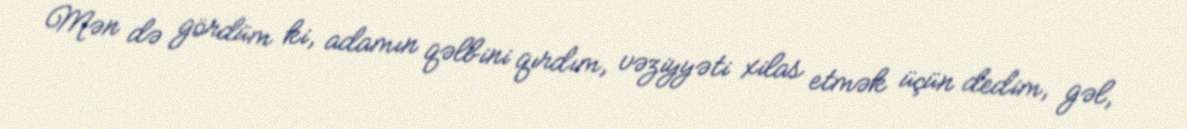
Mən də gördüm ki, adamın qəlbini qırdım, vəziyyəti xilas etmək üçün dedim, gəl,